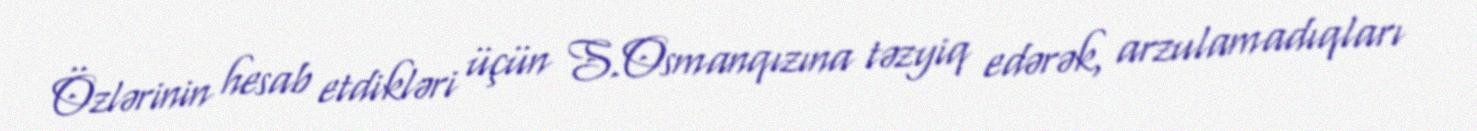
Özlərinin hesab etdikləri üçün S.Osmanqızına təzyiq edərək, arzulamadıqları